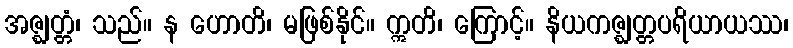
အဇ္ဈတ္တံ၊ သည်။ န ဟောတိ၊ မဖြစ်နိုင်။ ဣတိ၊ ကြောင့်။ နိယကဇ္ဈတ္တပရိယာယဿ၊